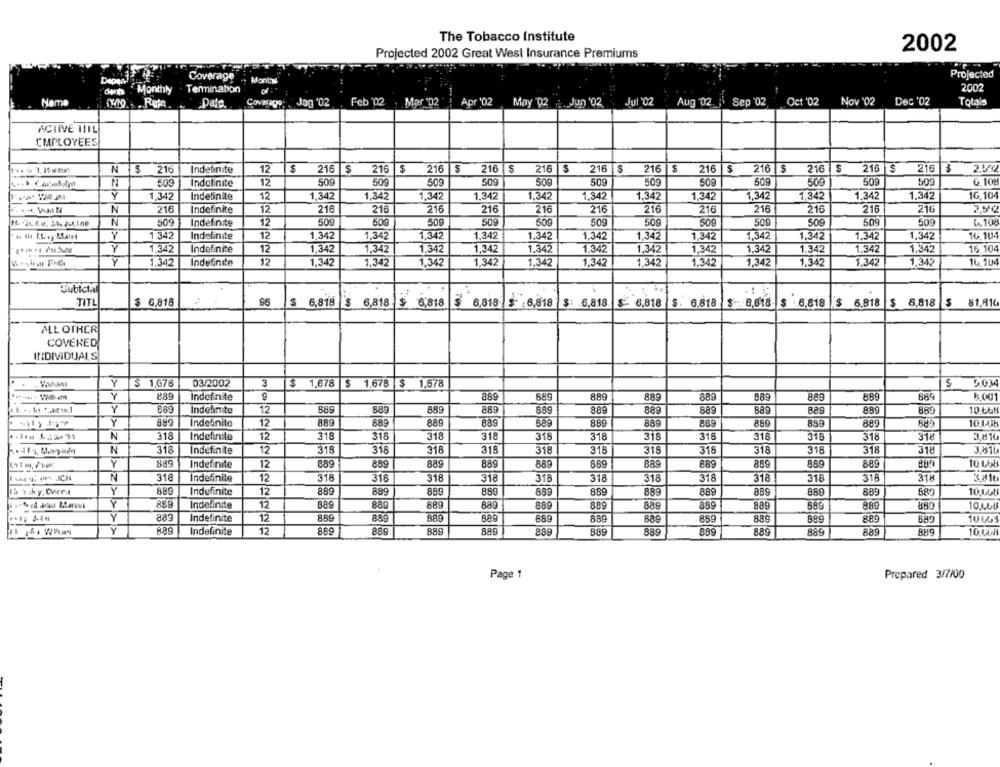
The Tobacco Institute
Projected 2002 Great West Insurance Premiums
2002
Coverage
Projected
Month
Monthly . Terminabon
2002
Feb '02
Jul "02
Oct '02
Nov "02
Dec '02
Nama
Pato.
Covaago: Jag '02
Mar "02
Apr '02
May 02
.Jun '02.
Aug '02 , Sep '02
Totais
ACLIVE HIL
EMPLOYEES
N
$ 216
Indefinite
12
216
$
216 $
216 $
216
S
216
3
216 $
216
$
216
S
216 $
216
216 $
216 3
509
Indol nite
12
509
509
509
509
50g
509
509
509
509
509
509
509
6. 10%
1,342
Indefinite
12
1,342
1,342
1,342
1,342
1.342
1.342
1,342
1,342
1,342
1,342
1.342
1,347
10, 104
216
216
216
N
216
Indefinite
216
216
216
216
216
216
216
216
216
N
509
Indefinite
12
509
509
509
509
509
509
150g
509
509
509
509
6.108
1 342
Indefinite
12
1,342
1,342
1,342
1,342
1.342
1,342
1.342
1,342
1.342
1,342
1.342
1,342
16.104
Y
1,342
Indefinite
12
1,342
1,342
1,342
1,342
1.342
1.342
1,342
1.342
1.342
1.342
1.342
1.342
16. 104
Indefinite
12
1,342
1,342
1,342
1.342
1,342
1,342
1.342
1.342
1.342
1,342
14, 10G
1.342
1,342
1,342
Sublcial
TITL
$ 6,818
96
$ 6,818 $ 6,818.
$ 6,818
6,818
$ 6,818
$: 6,818
$- 6,818
$ . 6.818
8,818
$ 6,818
$ 6.818
$ 6,818
$ 81,816
$
ALL OTHER
COVERED
INDIVIDUALS
Vakant
$ 1,678
03/2002
3
$
1,678
$ 1,678
$ 1,678
Y
889
Indefinite
889
889
889
889
889
889
889
884
k 001
Y
889
Indefinite
12
889
8.89
889
889
889
889
889
889
889
889
889
889
10.CCH
Y
Indefinito
12
889
889
889
889
889
889
889
880
889
10.1.48
N
318
Indefinite
12
318
318
318
318
318
318
315
318
316
316
318
318
3.810
N
318
Indefinite
12
318
318
318
318
318
318
318
318
318
318
318
318
Y
Indefinite
12
889
889
889
889
889
8.69
889
889
8,59
889
10.4558
N
318
Indefinite
12
318
316
318
318
318
318
318
318
318
318
315
318
Y
889
Indefinite
12
889
889
889
889
889
889
889
889
889
869
889
680
10144
Y
Indefinite
12
889
880
889
889
889
889
88.9
899
889
589
889
880
Y
883
Indefinite
12
889
889
889
689
8.89
889
869
889
889
880
10603
Y
889
8.89
889
Indefinite
12
889
889
889
889
889
889
889
889
889
10. 008
Page 1
Prepared 3/7/00